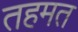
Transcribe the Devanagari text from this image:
तहमत